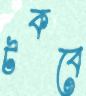
টকবে